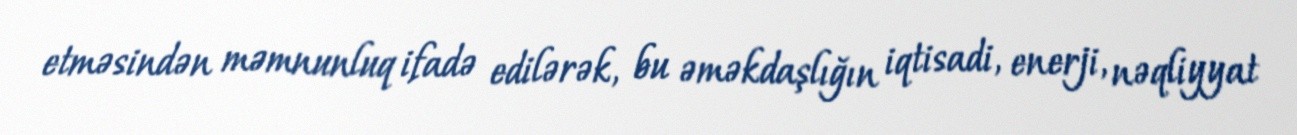
etməsindən məmnunluq ifadə edilərək, bu əməkdaşlığın iqtisadi, enerji, nəqliyyat